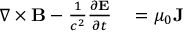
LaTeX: \begin{array} { r l } { \nabla \times \mathbf { B } - { \frac { 1 } { c ^ { 2 } } } { \frac { \partial \mathbf { E } } { \partial t } } } & { { } = \mu _ { 0 } \mathbf { J } } \end{array}